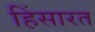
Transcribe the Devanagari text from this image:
हिंसारत